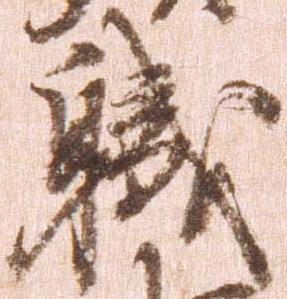
職